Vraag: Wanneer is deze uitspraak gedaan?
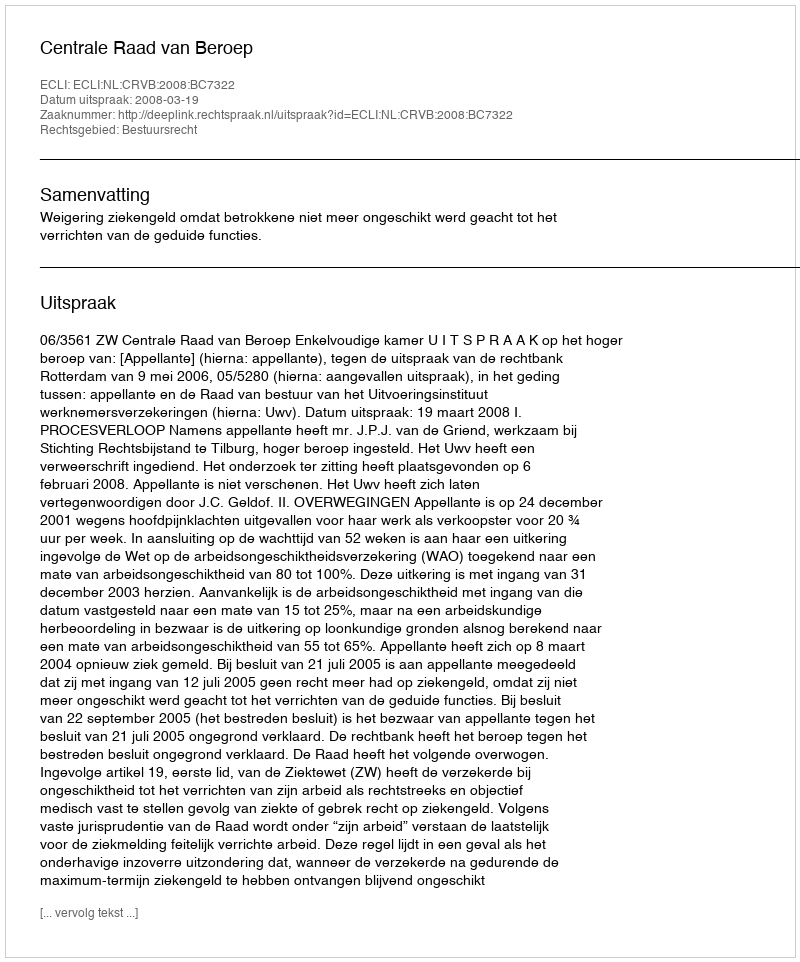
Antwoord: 2008-03-19